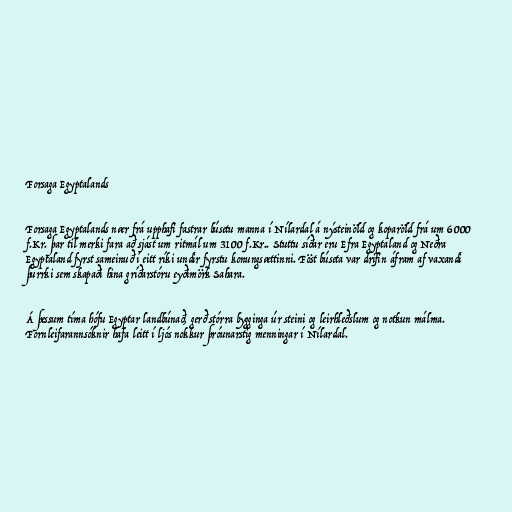
Forsaga Egyptalands

Forsaga Egyptalands nær frá upphafi fastrar búsetu manna í Nílardal á nýsteinöld og koparöld frá um 6000
f.Kr. þar til merki fara að sjást um ritmál um 3100 f.Kr.. Stuttu síðar eru Efra Egyptaland og Neðra
Egyptaland fyrst sameinuð í eitt ríki undir fyrstu konungsættinni. Föst búseta var drifin áfram af vaxandi
þurrki sem skapaði hina gríðarstóru eyðimörk Sahara.

Á þessum tíma hófu Egyptar landbúnað, gerð stórra bygginga úr steini og leirhleðslum og notkun málma.
Fornleifarannsóknir hafa leitt í ljós nokkur þróunarstig menningar í Nílardal.